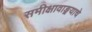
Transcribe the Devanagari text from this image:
समीक्षावाङ्मयाचे